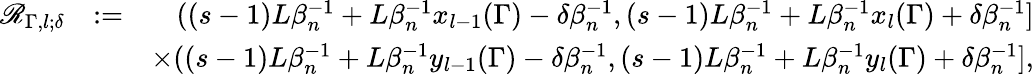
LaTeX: \begin{array}{rlr}{\mathscr{R}_{\Gamma,l;\delta}}&{:=}&{((s-1)L\beta_{n}^{-1}+L\beta_{n}^{-1}x_{l-1}(\Gamma)-\delta\beta_{n}^{-1},(s-1)L\beta_{n}^{-1}+L\beta_{n}^{-1}x_{l}(\Gamma)+\delta\beta_{n}^{-1}]}\\ &{}&{\times((s-1)L\beta_{n}^{-1}+L\beta_{n}^{-1}y_{l-1}(\Gamma)-\delta\beta_{n}^{-1},(s-1)L\beta_{n}^{-1}+L\beta_{n}^{-1}y_{l}(\Gamma)+\delta\beta_{n}^{-1}],}\end{array}